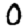
Digit: 0